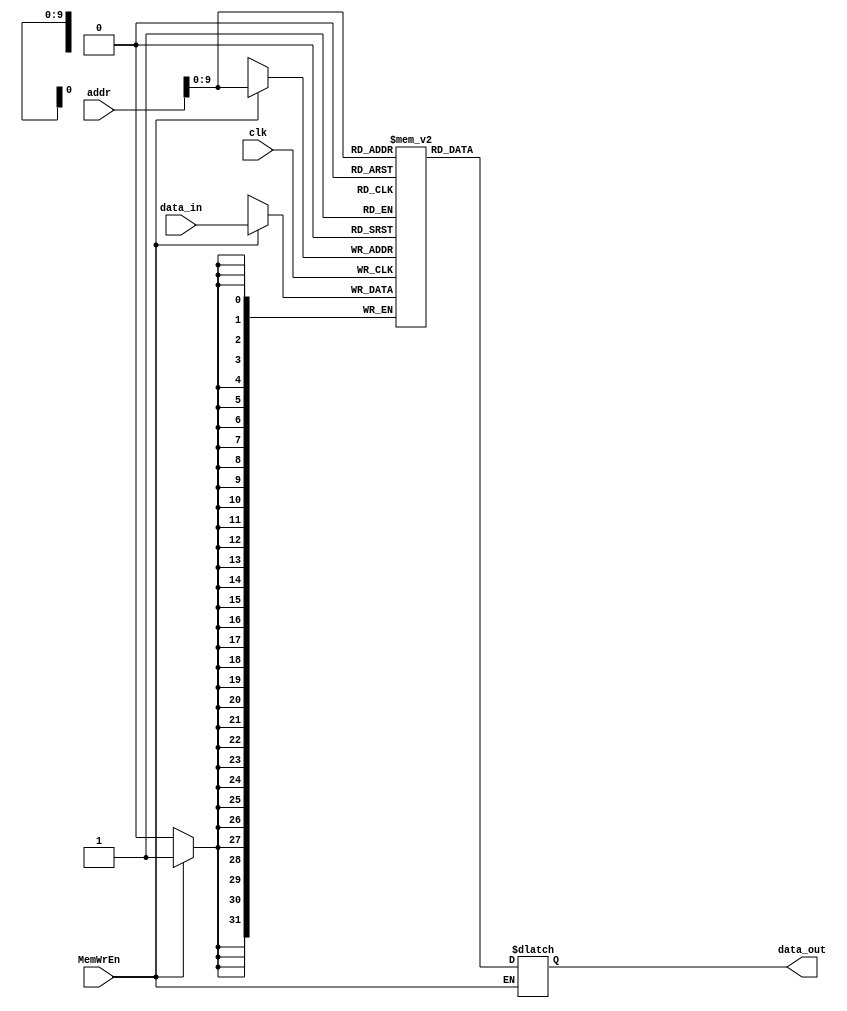
module DataRAM(
    input[31:0] addr,
    input[31:0] data_in,
    input clk,
    input MemWrEn,
    output reg[31:0] data_out
    );
    reg[31:0] mem[0:1023];
    always@(posedge clk)
    begin
        if(MemWrEn)
            mem[addr] <= data_in;
    end
    always@(*)
    begin
        if(!MemWrEn)
            data_out <= mem[addr];
    end
endmodule